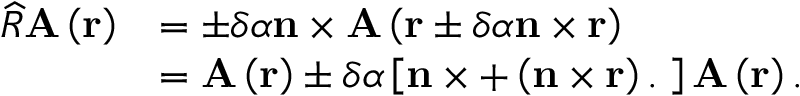
\begin{array} { r l } { \widehat { R } \mathbf { A } \left( \mathbf { r } \right) } & { = \pm \delta \alpha \mathbf { n } \times \mathbf { A } \left( \mathbf { r } \pm \delta \alpha \mathbf { n } \times \mathbf { r } \right) } \\ & { = \mathbf { A } \left( \mathbf { r } \right) \pm \delta \alpha \left[ \mathbf { n } \times + \left( \mathbf { n } \times \mathbf { r } \right) \mathbf { . \nabla } \right] \mathbf { A } \left( \mathbf { r } \right) . } \end{array}